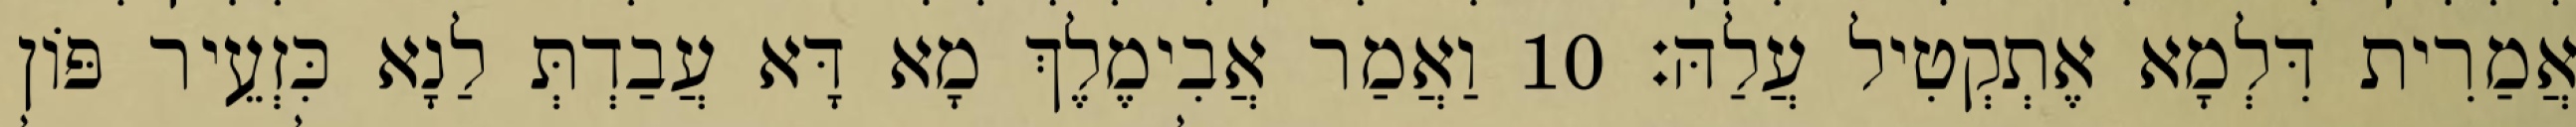
אֲמַרִית דִּלְמָא אֶתְקְטִיל עֲלַהּ׃ 10 וַאֲמַר אֲבִימֶלֶךְ מָא דָּא עֲבַדְתְּ לַנָא כִּזְעֵיר פּוֹן